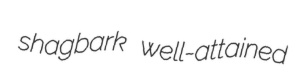
shagbark well-attained